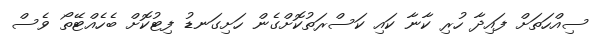
ސިއްހަތަށް ފައިދާ ހުރި ކާނާ ކައި ކަސްރަތުކޮށްގެން ހަށިގަނޑު ފިޓުކޮށް ބެހެއްޓޭތޯ ވެސް